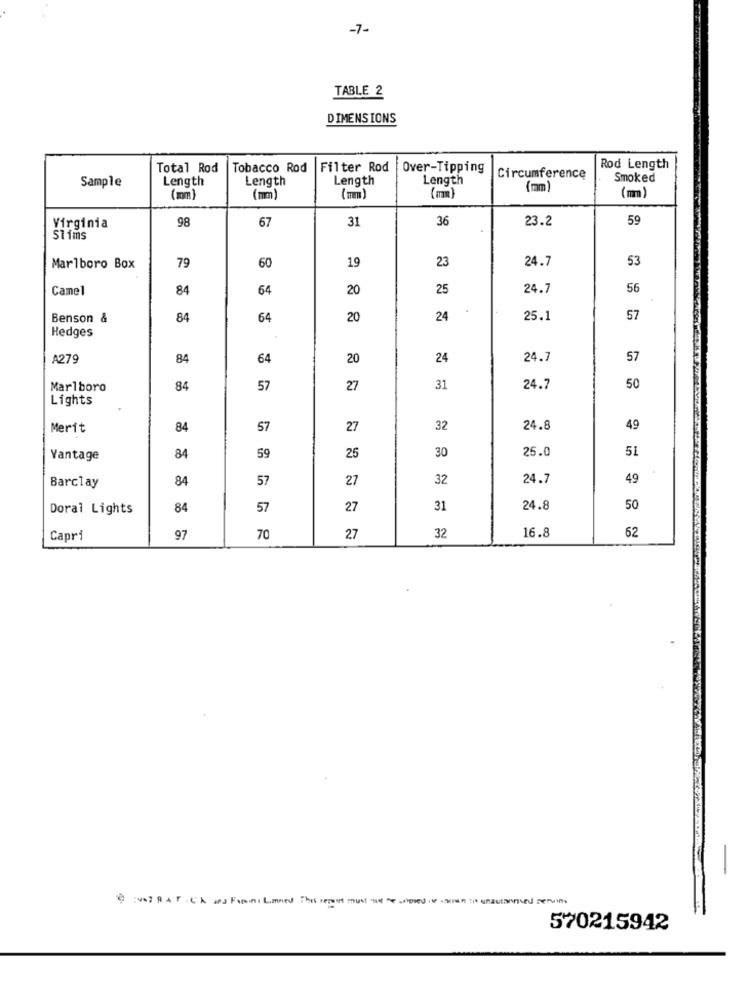
-7-
TABLE 2
DIMENSIONS
Total Rod
Tobacco Rod
Filter Rod
Over-Tipping
Rod Length
Sample
Length
Length
Length
Length
Circumference
Smoked
(mm
(mm)
(mm)
( mm)
(mm)
98
67
31
36
23.2
59
Virginia
Slims
79
19
23
24.7
53
Marlboro Box
60
Camel
84
64
20
25
24.7
56
Benson &
84
64
20
24
25.1
57
Hedges
A279
84
64
20
24
24.7
57
Marlboro
84
57
27
31
24.7
50
Lights
Merit
84
57
27
32
24.8
49
25.0
51
Vantage
84
59
25
30
84
57
27
32
24.7
49
Barclay
Doral Lights
84
57
27
31
24.8
50
32
16.8
62
Capri
97
70
27
-
570215942